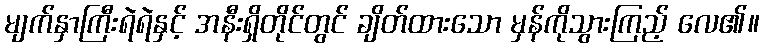
မျက်နှာကြီးရဲရဲနှင့် အနီးရှိတိုင်တွင် ချိတ်ထားသော မှန်ကိုသွားကြည့် လေ၏။